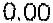
0.00